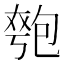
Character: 𫯯